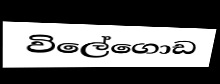
විලේගොඩ